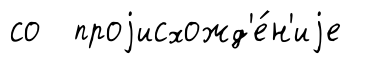
со проjисхожд'е́н'иjе